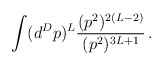
\begin{align*}\int (d^D p)^L {(p^2)^{2(L-2)} \over (p^2)^{3L +1}} \,. \end{align*}